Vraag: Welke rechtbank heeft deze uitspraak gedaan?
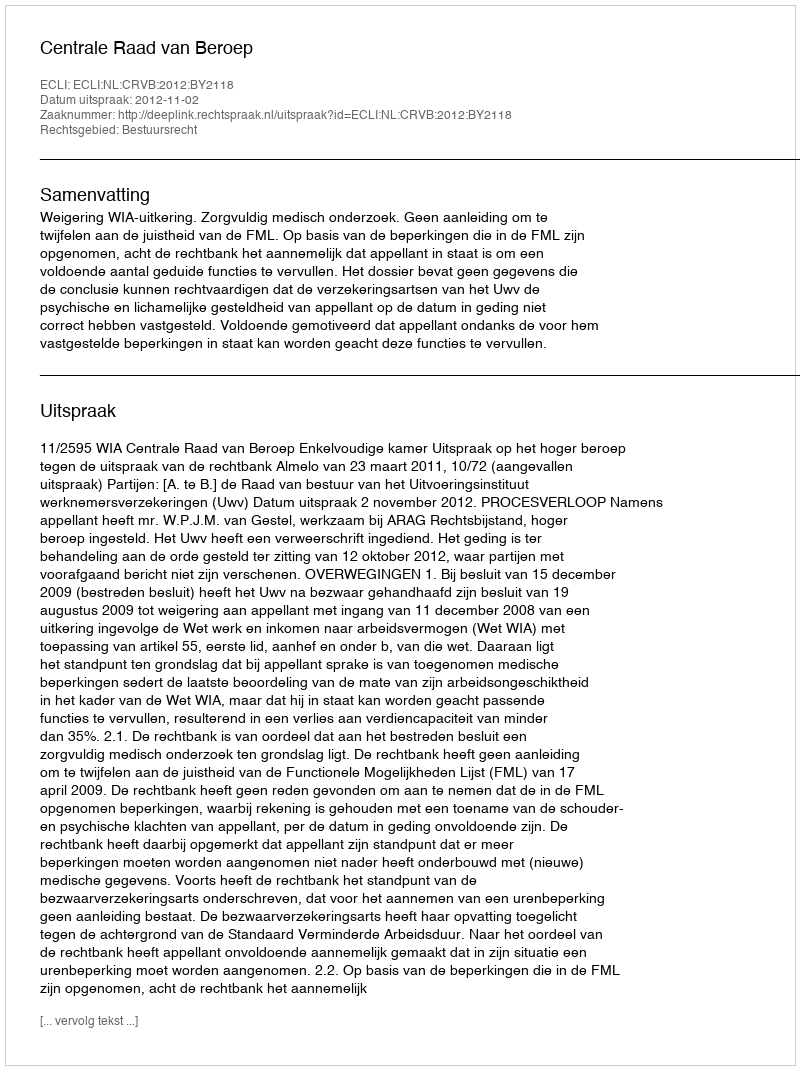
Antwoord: Centrale Raad van Beroep